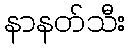
နာနတ်သီး